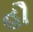
હૌ